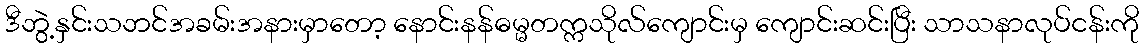
ဒီဘွဲ့နှင်းသဘင်အခမ်းအနားမှာတော့ နောင်းနန်ဓမ္မတက္ကသိုလ်ကျောင်းမှ ကျောင်းဆင်းပြီး သာသနာလုပ်ငန်းကို